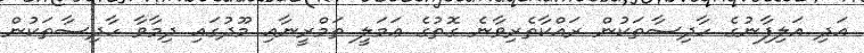
އަދި އަލިފާނުގެ ހާދިސާތަކުން ރައްކާތެރިވާނެ ގޮތުގެ ޢަމަލީ ތަމްރީނާއި މޫދުގައި ދިމާވާ ހާދިސާތަކުން